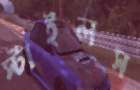
স্টাইলস